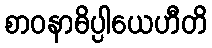
စာဝနာဓိပ္ပါယေဟီတိ